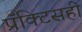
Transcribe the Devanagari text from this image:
प्रॅक्टिसही